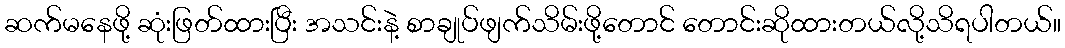
ဆက်မနေဖို့ ဆုံးဖြတ်ထားပြီး အသင်းနဲ့ စာချုပ်ဖျက်သိမ်းဖို့တောင် တောင်းဆိုထားတယ်လို့သိရပါတယ်။